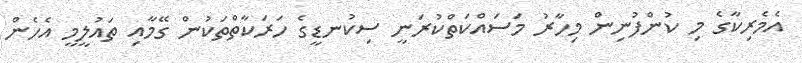
އެމެރިކާގެ މި ކުންފުނިން މިހާރު މަސައްކަތްކުރަނީ ސިކުނޑީގެ ހަރަކާތްތަކުން ގޭމާއި ތައުލީމީ އެހެން